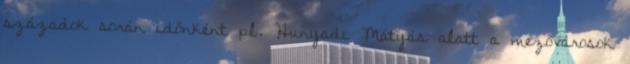
századok során időnként pl. Hunyadi Mátyás alatt a mezővárosok